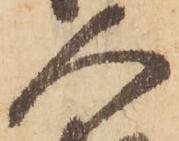
人